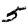
Digit: 5